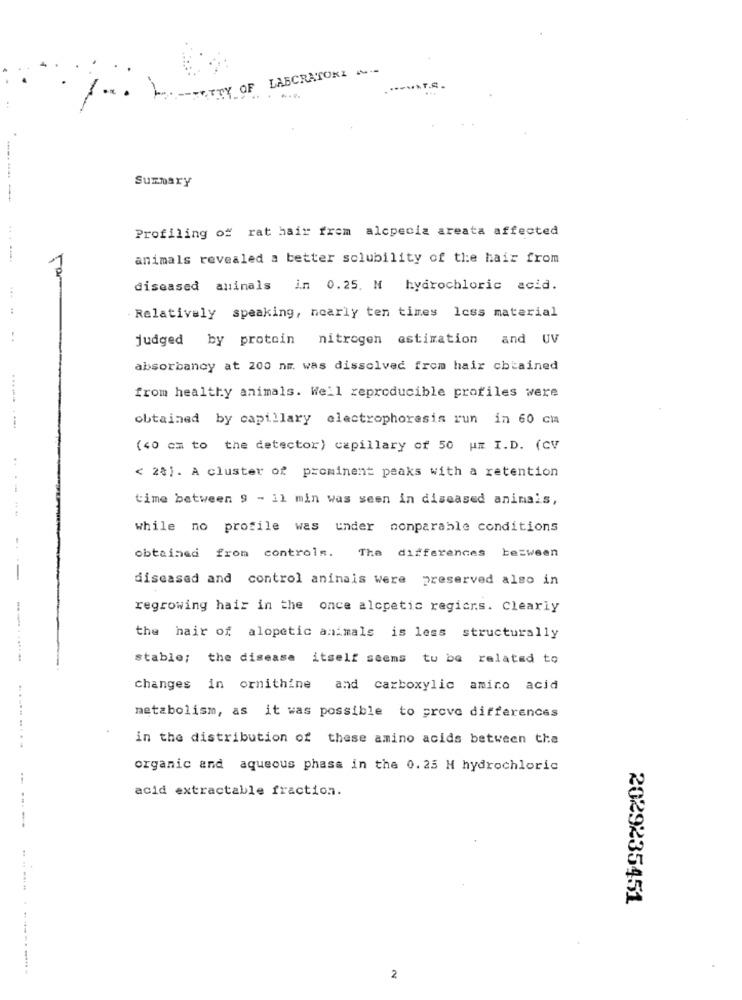
LABORATORI ~--
OF
Summary
Profiling of rat hair frem alcpecia areata affected
animals revealed a better solubility of the hair from
diseased animals in 0.25. M hydrochloric acid.
- Relatively speaking, nearly ten times less material
judged by protoin nitrogen estimation and UV
absorbanoy at 200 nm. was dissolved from hair obtained
from healthy animals. Well reproducible profiles were
obtained by capillary electrophoresis run in 60 cma
(40 cm to the detector) capillary of 50 Um I.D. (CV
< 28). A cluster of prominent peaks with a retention
time between 9 - 11 min was seen in diseased animais,
while no profile was under nonparable conditions
bezween
obtained
from controls.
The differences
-
diseased and control aninais were preserved also in
regrowing hair in the once alcpetic regicrs. Clearly
the hair of alopetic animals is less structurally
-.-........
stable; the disease itself seems to be related to
Changes in ornithine and carboxylic amino acid
metabolism, as it was possible to prove differences
in the distribution of these amino acids between the
organic and aqueous phase in the 0.25 M hydrochloric
acid extractable fraction.
2029235451
2